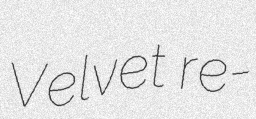
Velvet re-